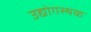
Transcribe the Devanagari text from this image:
उद्योगस्थळ